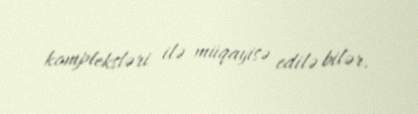
kompleksləri ilə müqayisə edilə bilər.